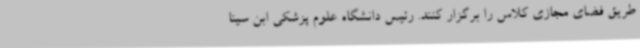
طریق فضای مجازی کلاس را برگزار کنند. رئیس دانشگاه علوم پزشکی ابن سینا